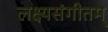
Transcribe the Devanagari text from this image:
लक्ष्यसंगीतम्‌